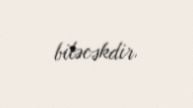
biləcəkdir.